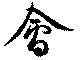
會